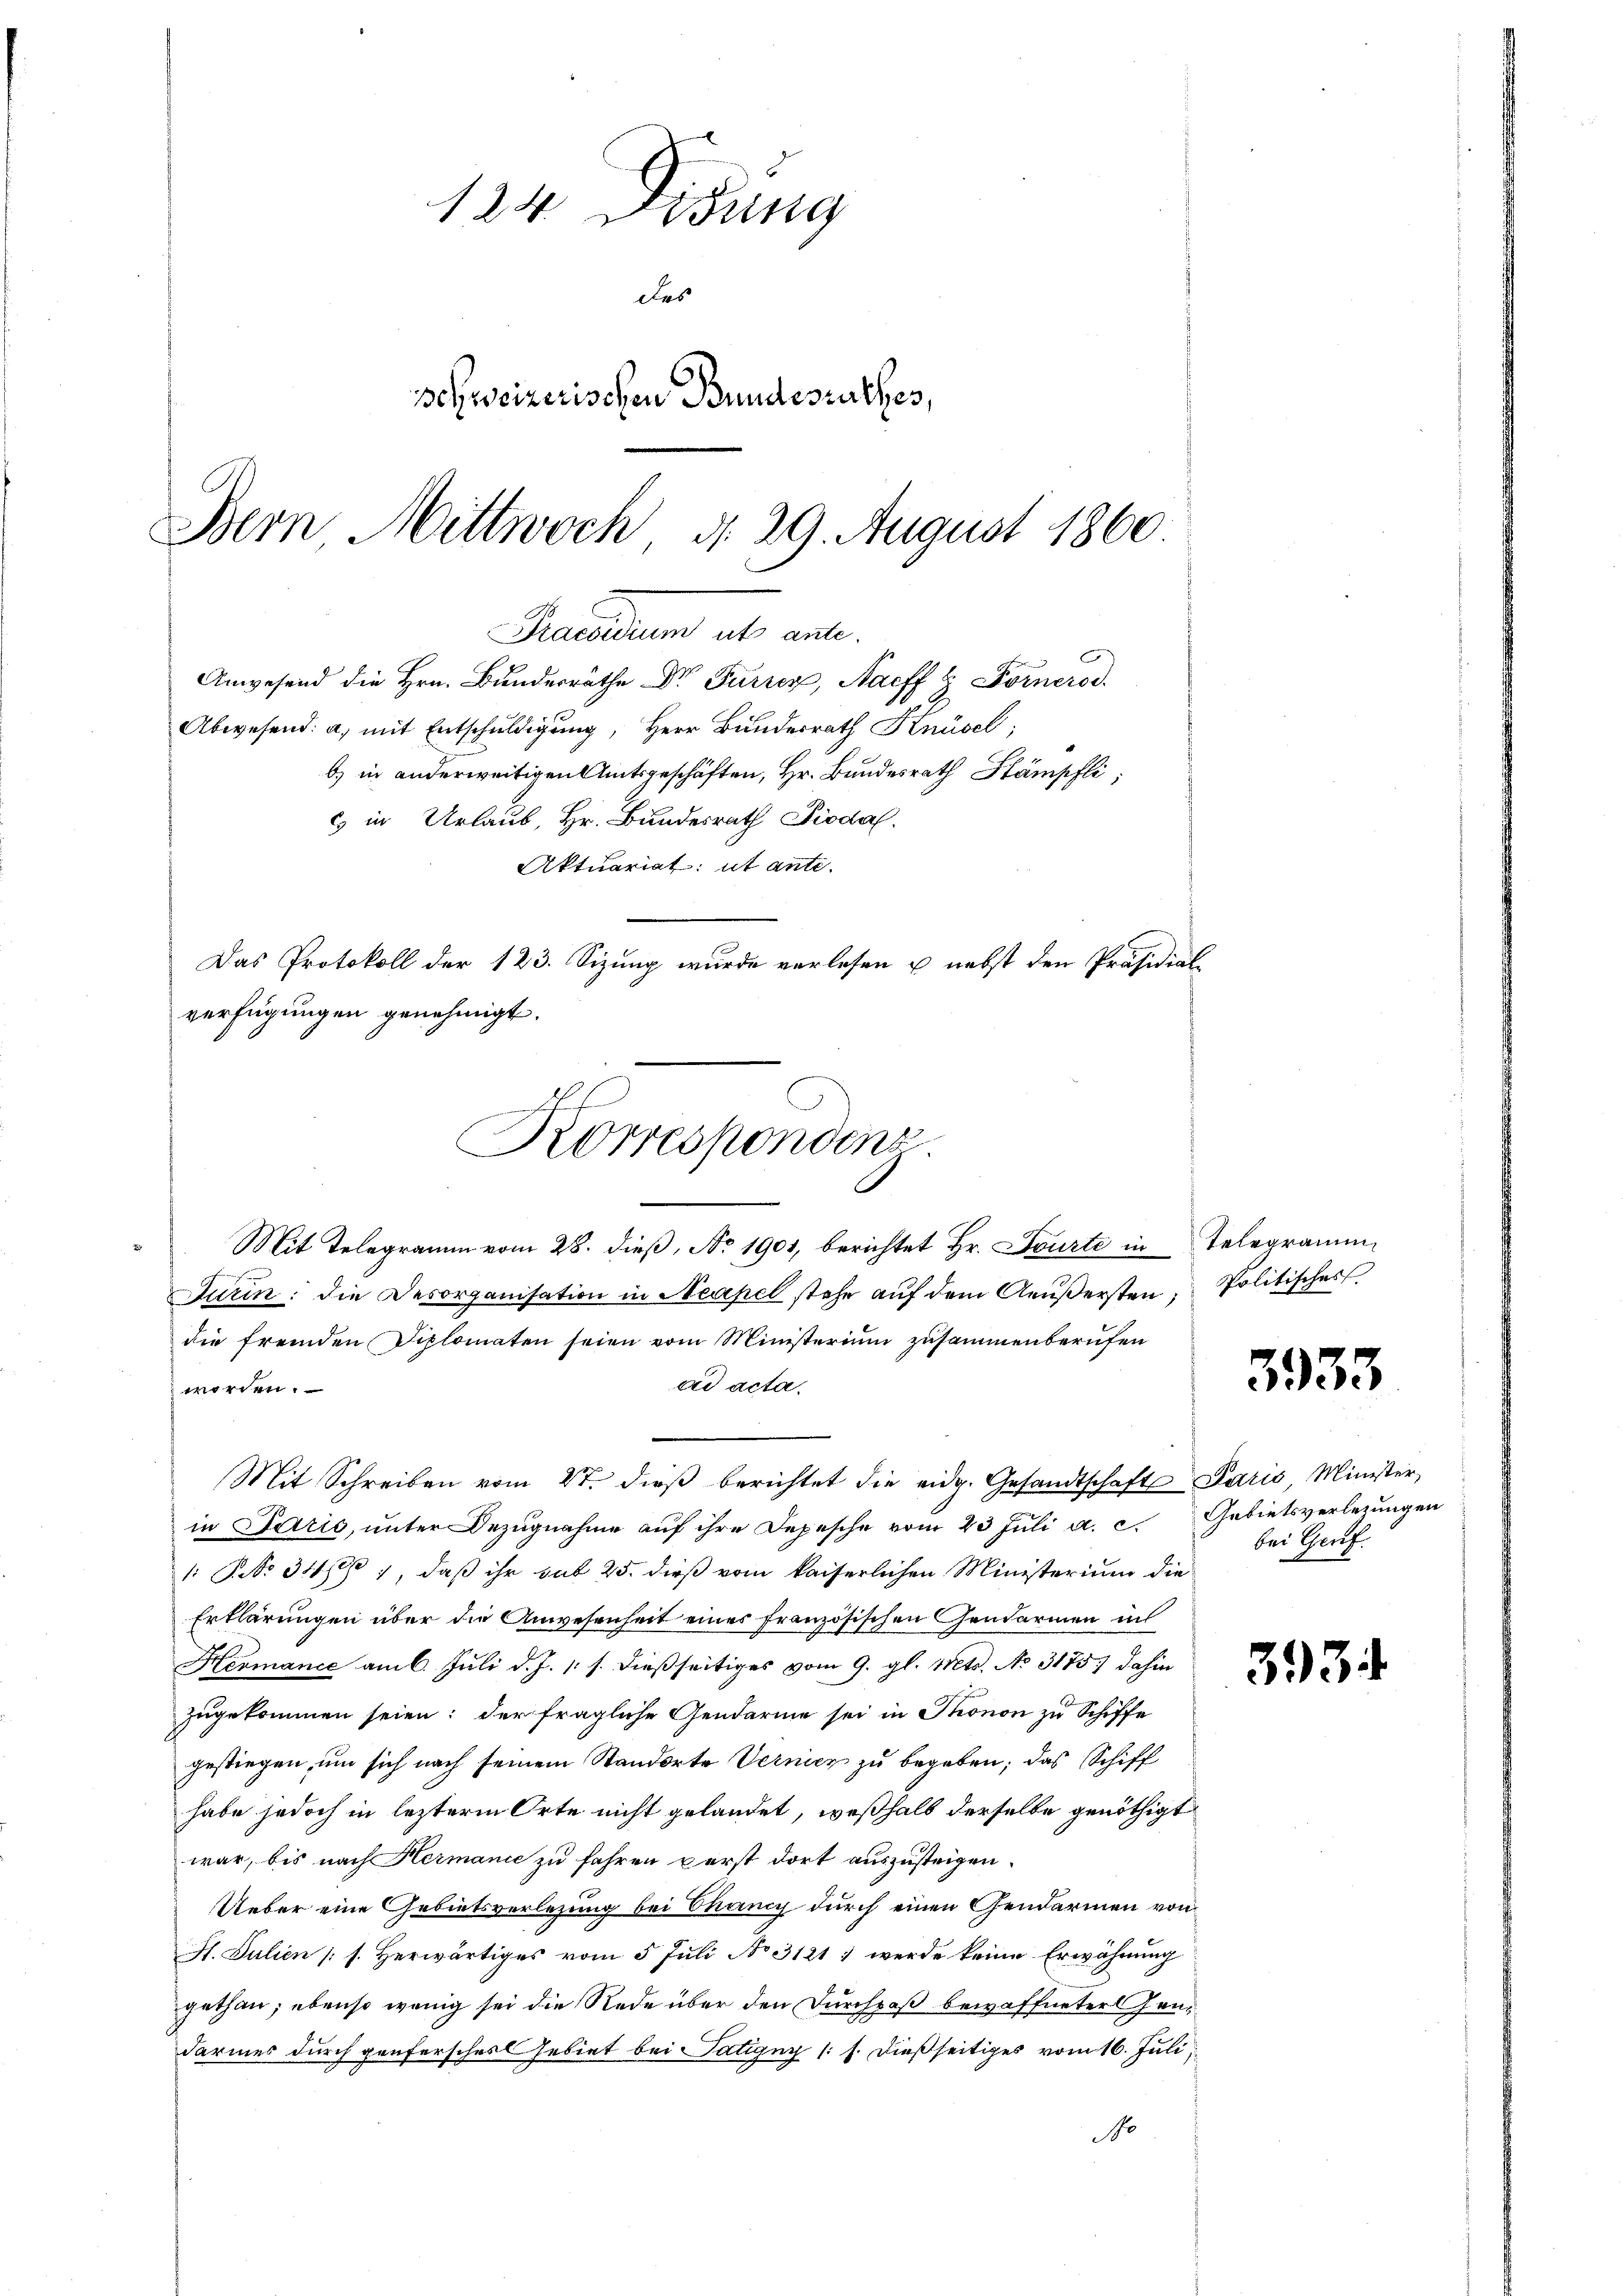
124. Didung
des
schweizerischen Bundesrathes,
Bern Mittwoch, d. 29. August 1860
Mantum als au

Anwesend die Hrn. Bundesräthe Dr. Furrer, Naeff & Forneros
Abwesend: a, mit Entschuldigung, Herr Bunderrath Knüsel;

b) in anderweitigen Amtsgeschäften, Hr. Bundesrath Stämpfli
Mit Telegramm vom 28. dieß, No 1901, berichtet Hr. Pourte in Telegramm¬
Turin: die Desorganisation in Neapel stehe aŭf dem Aeußersten Politisches
die fremden Diplomaten seien vom Ministerium zusammenberufen
ad acta.
worden.
Mit Schreiben vom 4t. dieß berichtet die eidg. Gesandtschaft Paris, Minister,
in Paris, unter Bezugnahme auf ihre Depesche vom 23 Juli a. c. Gebietsverlegungen
: No 348), daß ihr sub 25. dieß vom kaiserlichen Ministerium die
Erklärungen über die Anwesenheit eines französischen Gendarmen in
Hermance am 6. Juli d. J. 1. s. dießseitiges vom 9. gl. Mts. No 3175) dahin
zugekommen seien; der fragliche Gendarme sei in Thonon zu Schiffe
gestiegen, um sich nach seinem Standorte Vernicz zu begeben; das Schiff
habe jedoch in lezterm Orte nicht gelandet, weßhalb derselbe genöthigt
war, bis nach Hermanie zu fahren perst dort auszusteigen.
Ueber eine Gebietsverlesung bei Chancy durch einen Gendarmen von
I. Julien (s. Herwärtiges vom 5 Juli No 3121) werde keine Erwähnung
gethan; ebenso wenig sei die Rede über den Durchpaß bewaffneter Gendarmes durch genfersches Gebiet bei Satigny (: s. dießseitiges vom 16. Juli
No

es in Urlaub, Hr. Bundesrath Piodal
Aktuariat: ut ante-

Das Protokoll der 123. Sizung wurde verlesen u. nebst den Präsidial-

verfügungen genehmigt.
Korrespondens

3933

bei Gruf

393